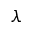
\lambda